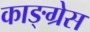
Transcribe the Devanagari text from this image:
काङ्ग्रेस